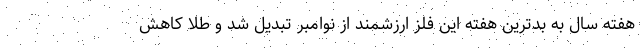
هفته سال به بدترین هفته این فلز ارزشمند از نوامبر تبدیل شد و طلا کاهش